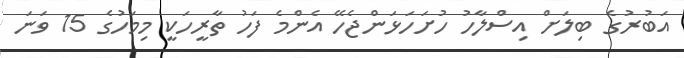
އަބުރުގެ ބިލަށް އިސްލާހު ހުށަހަޅަންޖެހޭ އެންމެ ފަހު ތާރީހަކީ މިމަހުގެ 15 ވަނަ